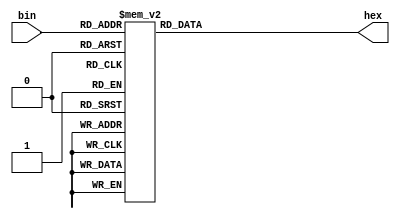
module bin2hex(
    input [3:0] bin,
    output reg [7:0] hex
);
    always @(bin)
        case(bin)
            4'h0: hex <= 7'h30;
            4'h1: hex <= 7'h31;
            4'h2: hex <= 7'h32;
            4'h3: hex <= 7'h33;
            4'h4: hex <= 7'h34;
            4'h5: hex <= 7'h35;
            4'h6: hex <= 7'h36;
            4'h7: hex <= 7'h37;
            4'h8: hex <= 7'h38;
            4'h9: hex <= 7'h39;
            4'ha: hex <= 7'h61;
            4'hb: hex <= 7'h62;
            4'hc: hex <= 7'h63;
            4'hd: hex <= 7'h64;
            4'he: hex <= 7'h65;
            4'hf: hex <= 7'h66;
        endcase
endmodule